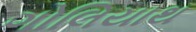
ગોલિયાથ